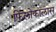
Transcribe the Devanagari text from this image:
फिलोकालास